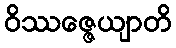
ဝိဿဇ္ဇေယျာတိ